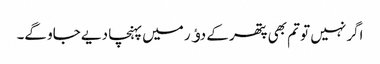
اگر نہیں تو تم بھی پتھر کے دﺅر میں پہنچا دیے جاو گے۔